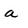
Character: a